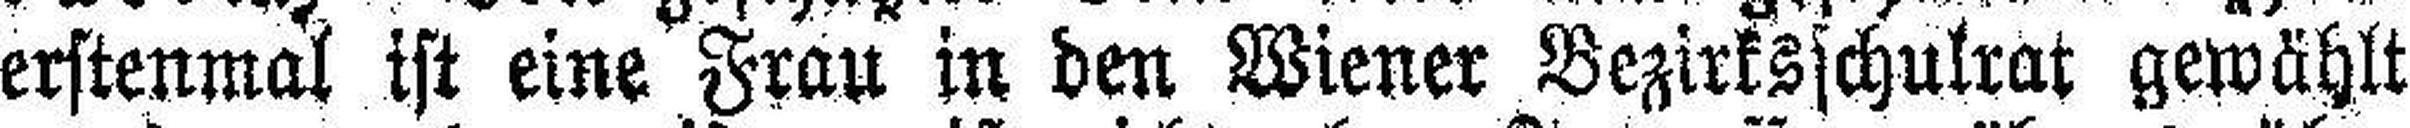
erstenmal ist eine Frau in den Wiener Bezirksschulrat gewählt